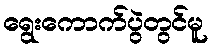
ရွေးကောက်ပွဲတွင်မူ